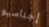
إجناسيو